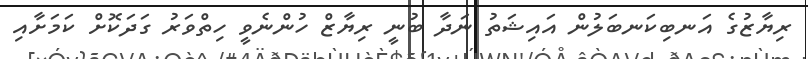
ރިޔާޒުގެ އަނބިކަނބަލުން އައިޝަތު ނަދާ ބުނީ ރިޔާޒް ހުންނެވީ ހިތްވަރު ގަދަކޮށް ކަމަށާއި